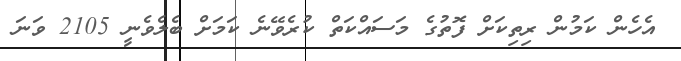
އެހެން ކަމުން ރިތިކަށް ފޮތުގެ މަސައްކަތް ކުރެވޭނެ ކަމަށް ބެލެވެނީ 2105 ވަނަ